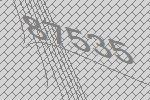
87535